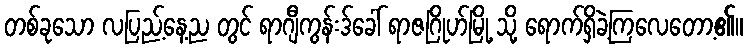
တစ်ခုသော လပြည့်နေ့ည တွင် ရာဂျီကွန်းဒ်ခေါ် ရာဇဂြိုဟ်မြို့ သို့ ရောက်ရှိခဲ့ကြလေတော့၏။